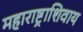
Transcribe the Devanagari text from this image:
महाराष्ट्राशिवाय